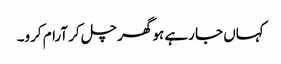
کہاں جا رہے ہو گھر چل کر آرام کرو۔